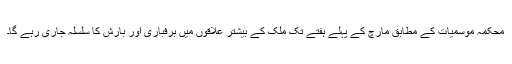
محکمہ موسمیات کے مطابق مارچ کے پہلے ہفتے تک ملک کے بیشتر علاقوں میں برفباری اور بارش کا سلسلہ جاری رہے گا۔